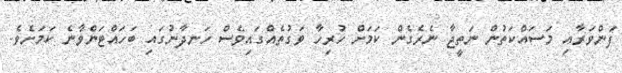
ފަންވަރާއި މަސައްކަތުން ނަތީޖާ ނެރެގެން ކަމަަށް ހުރިހާ ވަގުތެއްގައިވެސް ހަނދާނުގައި ބަހައްޓަންވާނެ ކަމަށެވެ.